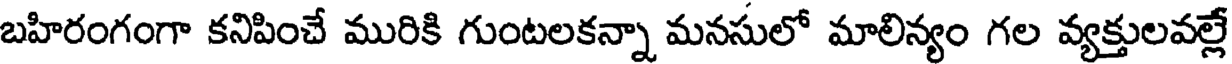
బహిరంగంగా కనిపించే మురికి గుంటలకన్నా మనసులో మాలిన్యం గల వ్యక్తులవల్లే